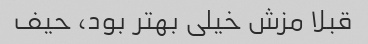
قبلا مزش خیلی بهتر بود، حیف